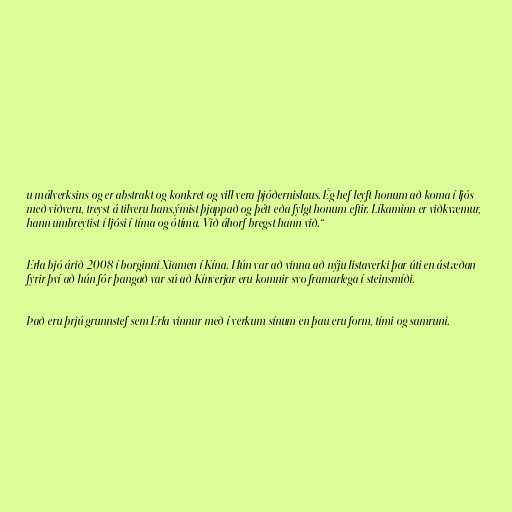
u málverksins og er abstrakt og konkret og vill vera þjóðernislaus. Ég hef leyft honum að koma í ljós
með viðveru, treyst á tilveru hans,ýmist þjappað og þétt eða fylgt honum eftir. Líkaminn er viðkvæmur,
hann umbreytist í ljósi í tíma og ótíma. Við áhorf bregst hann við.“

Erla bjó árið 2008 í borginni Xiamen í Kína. Hún var að vinna að nýju listaverki þar úti en ástæðan
fyrir því að hún fór þangað var sú að Kínverjar eru komnir svo framarlega í steinsmíði.

Það eru þrjú grunnstef sem Erla vinnur með í verkum sínum en þau eru form, tími og samruni.